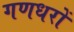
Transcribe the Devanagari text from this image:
गणधरों